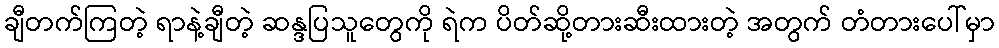
ချီတက်ကြတဲ့ ရာနဲ့ချီတဲ့ ဆန္ဒပြသူတွေကို ရဲက ပိတ်ဆို့တားဆီးထားတဲ့ အတွက် တံတားပေါ်မှာ